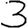
Digit: 3